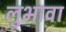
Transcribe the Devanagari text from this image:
लुभावा